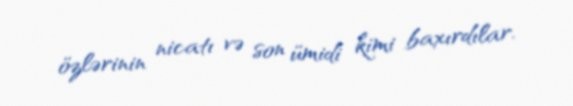
özlərinin nicatı və son ümidi kimi baxırdılar.